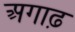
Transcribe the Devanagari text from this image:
अगाढ़